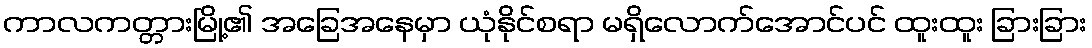
ကာလကတ္တားမြို့၏ အခြေအနေမှာ ယုံနိုင်စရာ မရှိလောက်အောင်ပင် ထူးထူး ခြားခြား